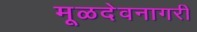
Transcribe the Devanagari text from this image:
मूळदेवनागरी